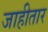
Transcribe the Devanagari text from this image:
जाहीतार